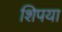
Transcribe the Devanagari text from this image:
शिपया